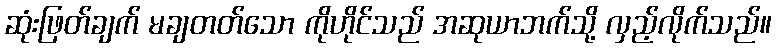
ဆုံးဖြတ်ချက် မချတတ်သော ကိုဟိုင်သည် အဆုယာဘက်သို့ လှည့်လိုက်သည်။